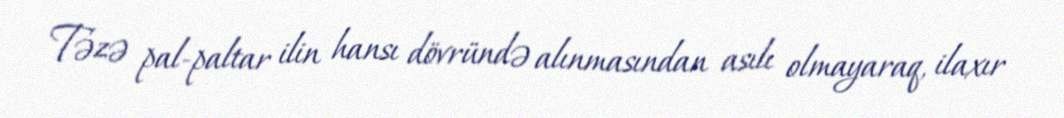
Təzə pal-paltar ilin hansı dövründə alınmasından asılı olmayaraq, ilaxır